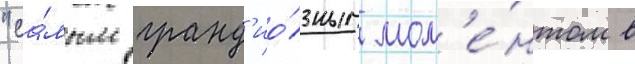
"са́мым гранд'ио́зным мом'е́нтом в